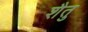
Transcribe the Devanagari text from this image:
शैतु